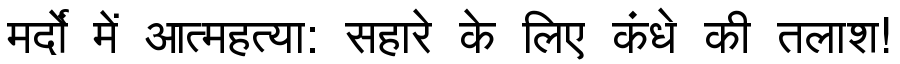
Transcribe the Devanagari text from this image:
मर्दों में आत्महत्या: सहारे के लिए कंधे की तलाश!